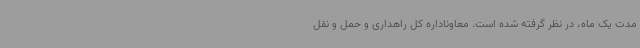
مدت یک ماه، در نظر گرفته شده است. معاوناداره کل راهداری و حمل و نقل